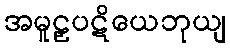
အမူဠှပဋိယေဘုယျ